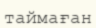
таймаған